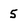
Character: 5